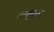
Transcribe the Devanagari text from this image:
वायुधुन्ध